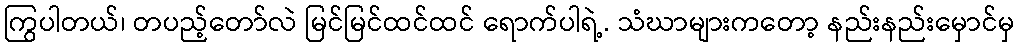
ကြွပါတယ်၊ တပည့်တော်လဲ မြင်မြင်ထင်ထင် ရောက်ပါရဲ့. သံဃာများကတော့ နည်းနည်းမှောင်မှ